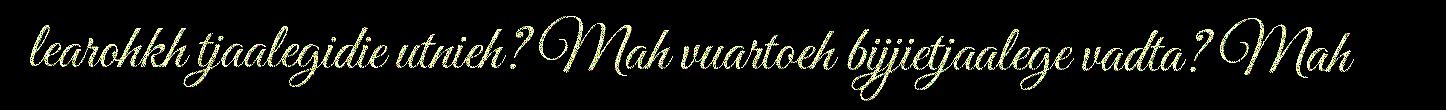
learohkh tjaalegidie utnieh? Mah vuartoeh bijjietjaalege vadta? Mah